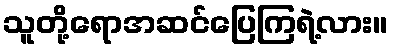
သူတို့ရောအဆင်ပြေကြရဲ့လား။